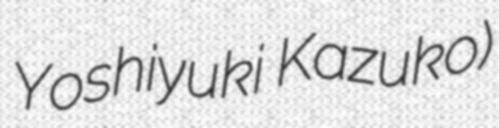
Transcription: Yoshiyuki Kazuko)